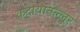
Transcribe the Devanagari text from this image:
कदायानल्लूर